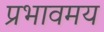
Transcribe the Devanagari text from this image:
प्रभावमय